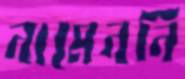
নামেননি